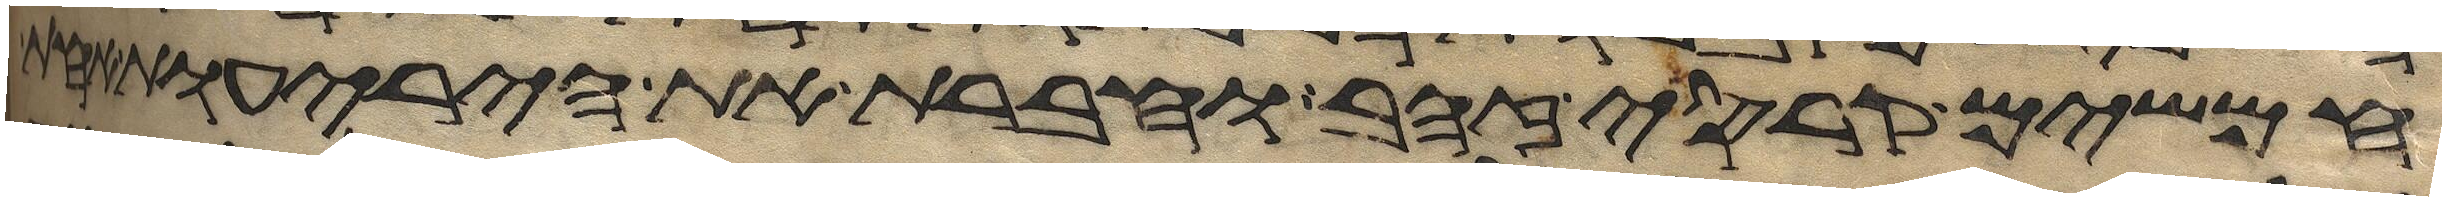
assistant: חמשים קרסי זהב וחברת את היריעות